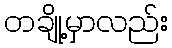
တချို့မှာလည်း